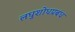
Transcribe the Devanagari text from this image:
लघुशोधप्रबंध